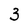
Character: 3